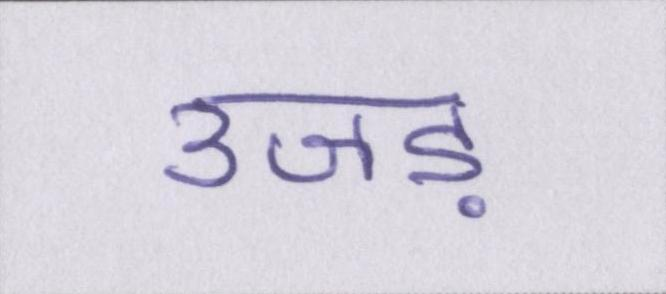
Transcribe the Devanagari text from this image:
उजड़